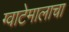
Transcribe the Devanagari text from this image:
ग्वाटेमालाचा